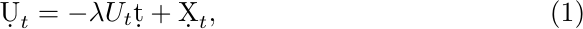
\begin{equation}\label{eq: Doob_Langevin}
	\d U_t = -\lambda U_t\d t + \d X_t,
\end{equation}